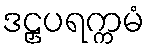
ဒဠှပရက္ကမံ